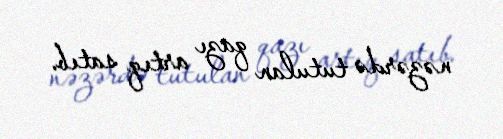
nəzərdə tutulan qazı artıq satıb.